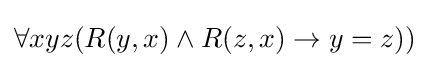
\forall xyz(R(y,x)\wedge R(z,x)\rightarrow y=z))